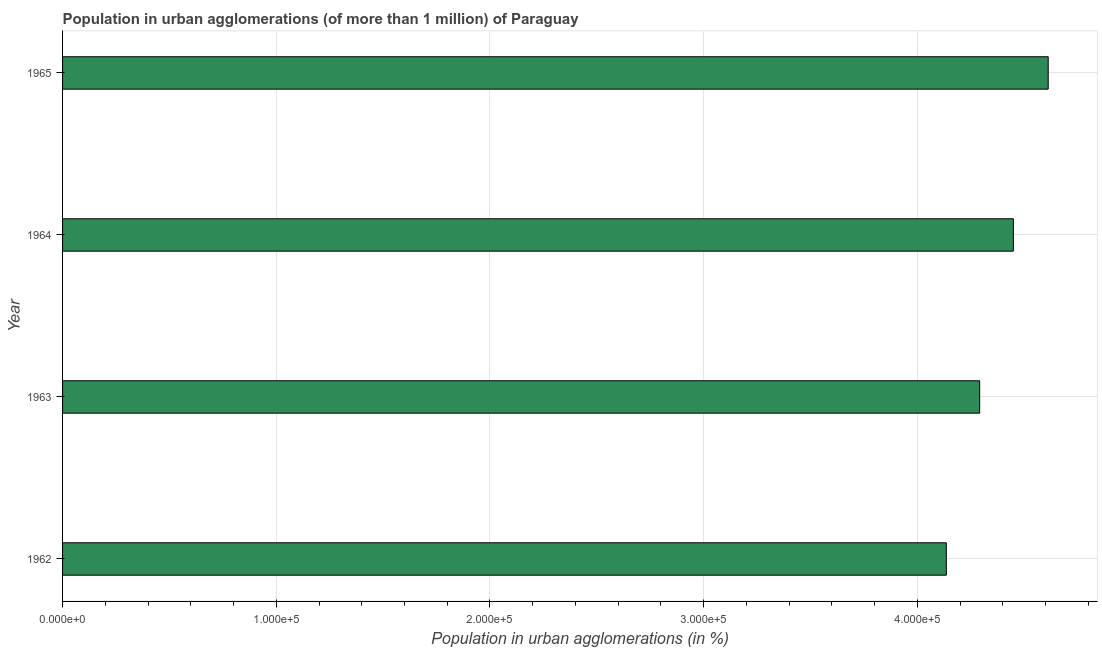
| Year | Population in urban agglomerations |
 | --- | --- |
 | 1962 | 4.14e+05 |
 | 1963 | 4.29e+05 |
 | 1964 | 4.45e+05 |
 | 1965 | 4.61e+05 |